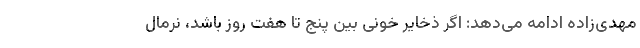
مهدی‌زاده ادامه می‌دهد: اگر ذخایر خونی بین پنج تا هفت روز باشد، نرمال